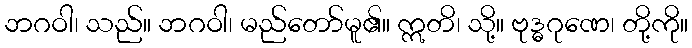
ဘဂဝါ၊ သည်။ ဘဂဝါ၊ မည်တော်မူ၏။ ဣတိ၊ သို့။ ဗုဒ္ဓဂုဏေ၊ တို့ကို။